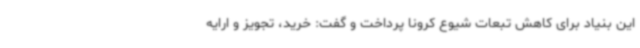
این بنیاد برای کاهش تبعات شیوع کرونا پرداخت و گفت: خرید، تجویز و ارایه